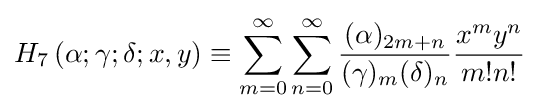
H_{7}\left(\alpha ;\gamma ;\delta ;x,y\right)\equiv \sum _{m=0}^{\infty }\sum _{n=0}^{\infty }{\frac {(\alpha )_{2m+n}}{(\gamma )_{m}(\delta )_{n}}}{\frac {x^{m}y^{n}}{m!n!}}